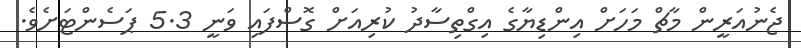
ޖެނުއަރީން މާޗް މަހަށް އިންޑިޔާގެ އިގްތިސާދު ކުރިއަށް ގޮސްފައި ވަނީ 5.3 ޕަސެންޓަށެވެ.